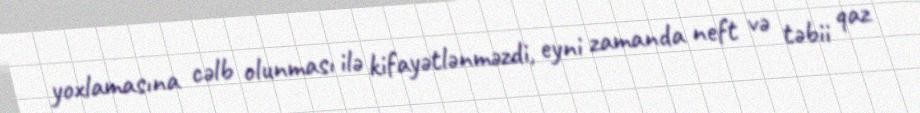
yoxlamasına cəlb olunması ilə kifayətlənməzdi, eyni zamanda neft və təbii qaz